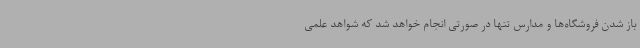
باز شدن فروشگاه‌ها و مدارس تنها در صورتی انجام خواهد شد که شواهد علمی